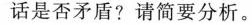
话是否矛盾?请简要分析。